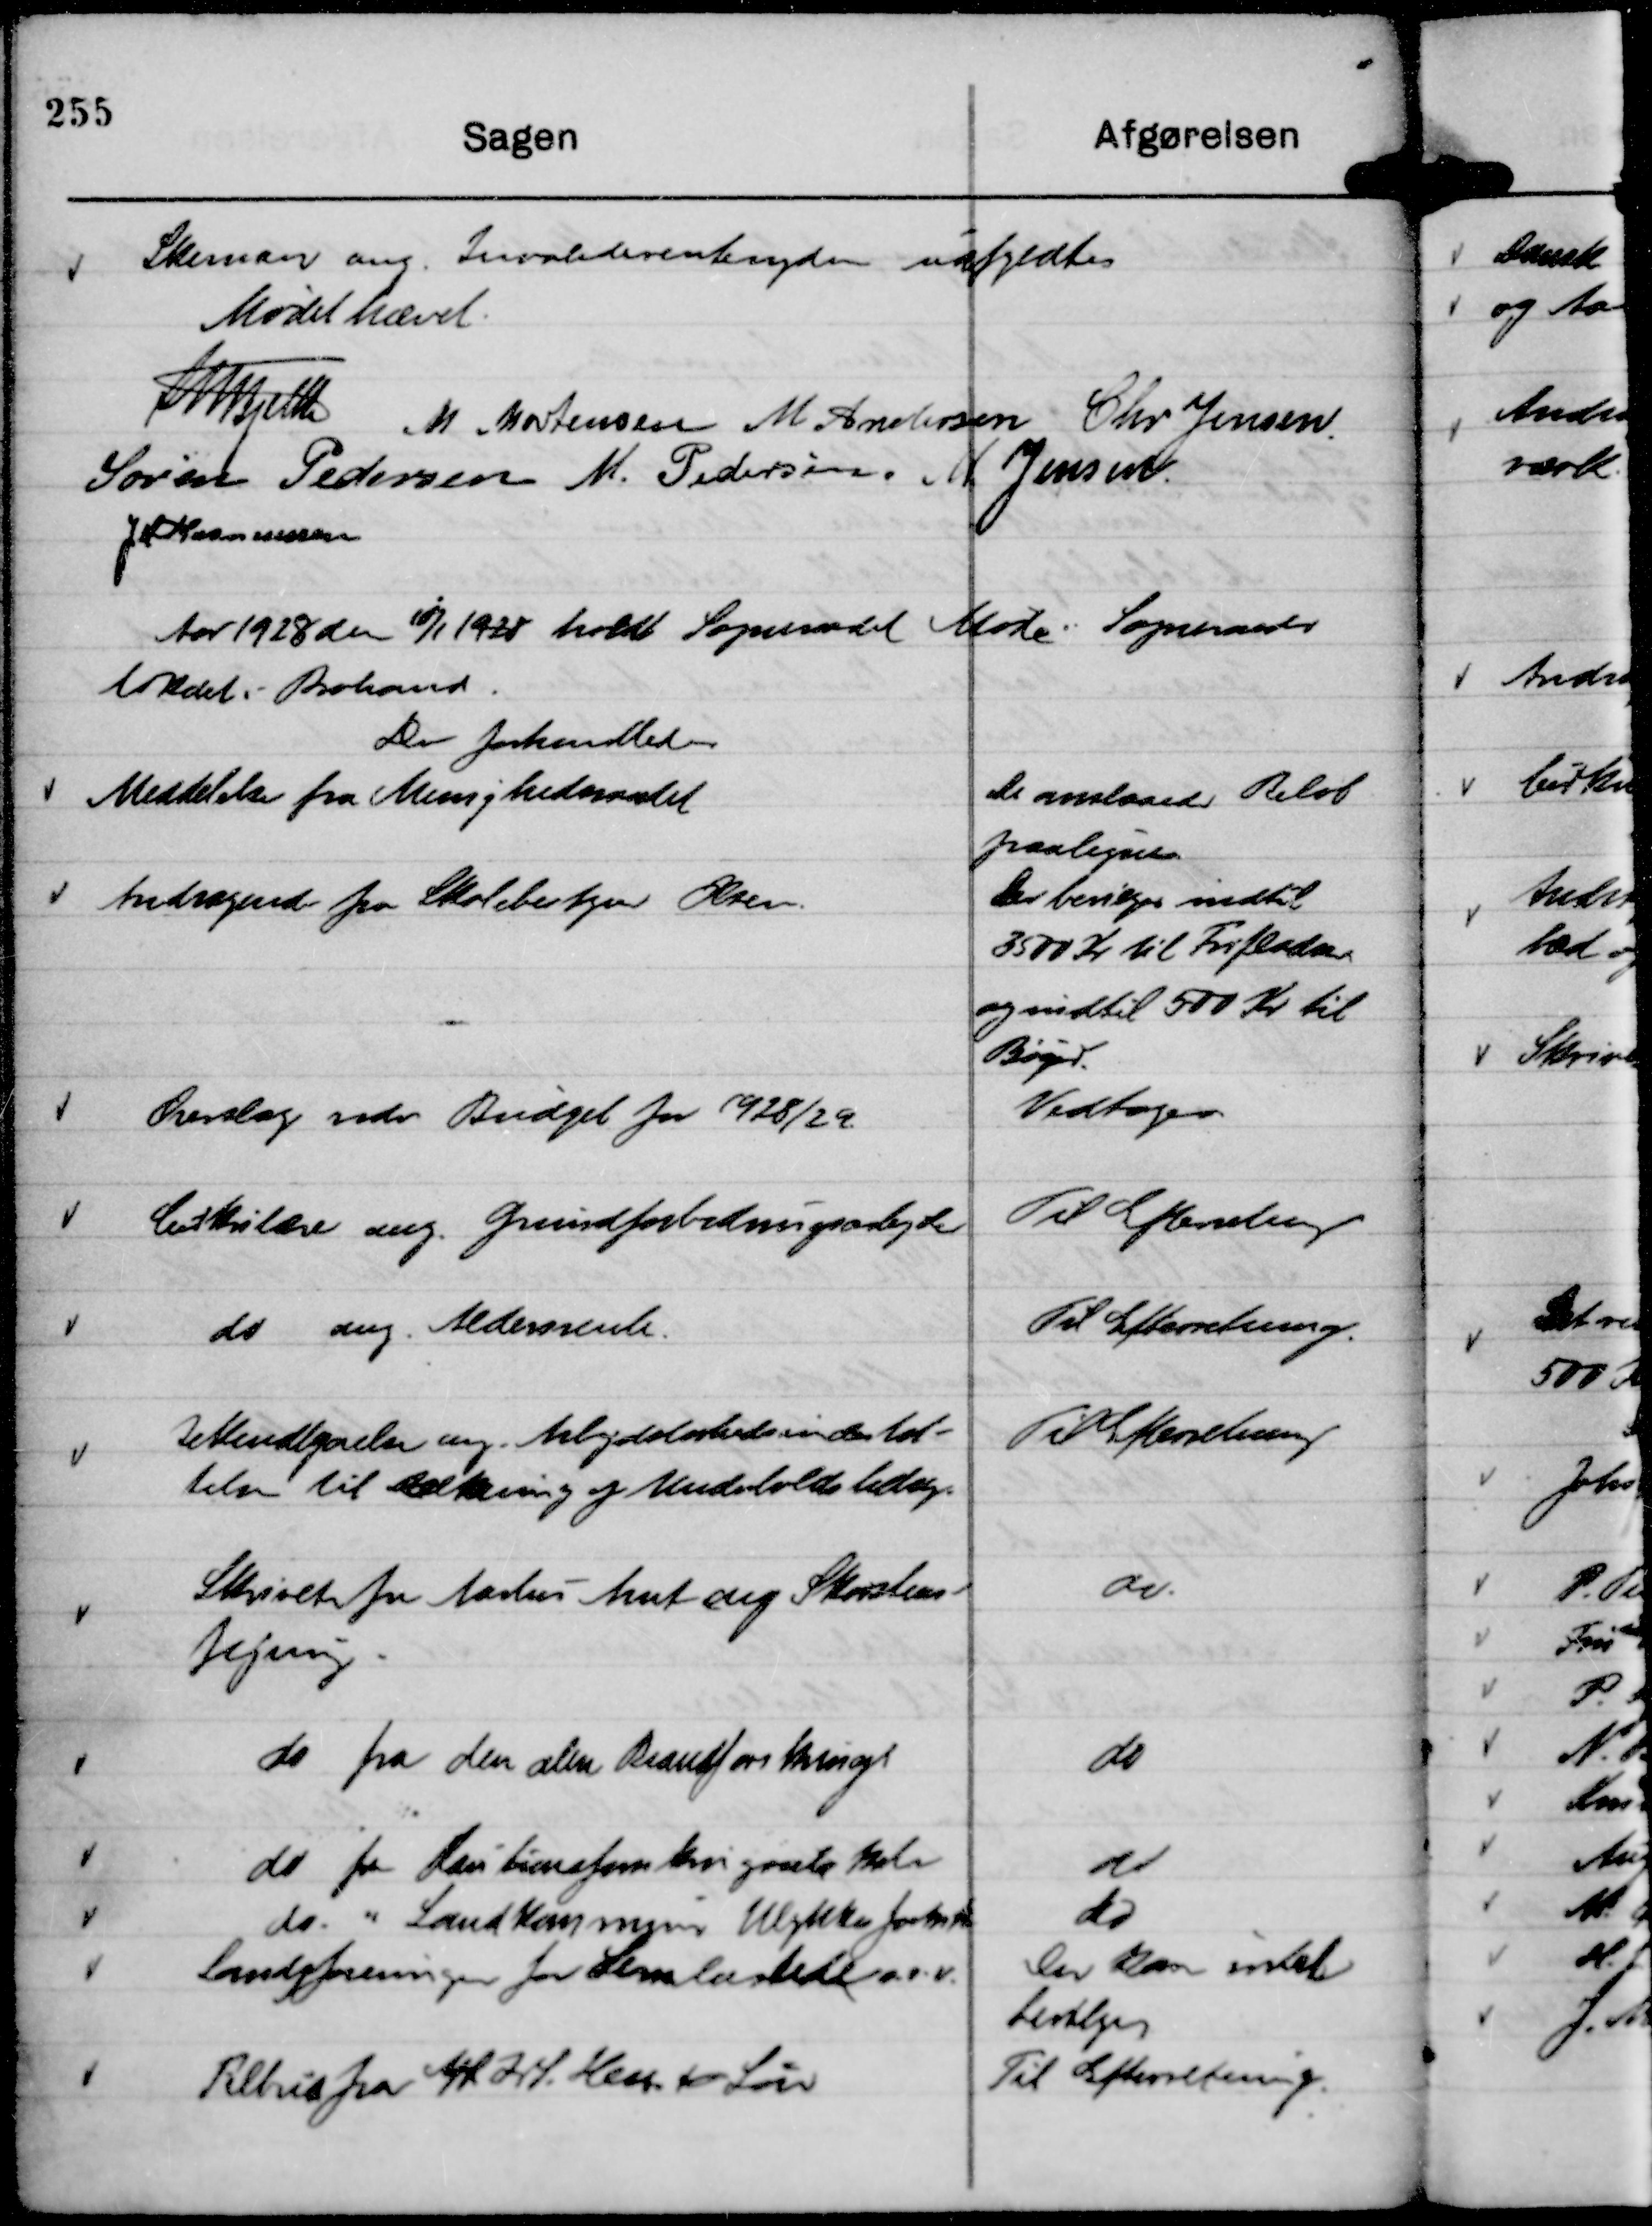
Transskription:
Skemaer ang. Invaliderentenydere

udfyldtes

Mødet hævet.

Th Bjelke
M Mortensen
M Andersen
Chr Jensen
Søren Pedersen
M. Pedersen
M Jensen.
JM Rasmussen

Aar 1928 den 10/1 holdt Sogneraadet Møde i Sogneraads
lokalet i Brabrand.
Der forhandledes

Meddelelse fra Menighedsraadet

De anslaaede Beløb
paalignes.

Andragende fra Skolebestyrer Olsen.

Der bevilges indtil
3500 Kr til Frifladser
og indtil 500 Kr til
Bøger.

Overslag vedr. Budget for 1928/29.

Vedtoges.

Cirkulære ang. Grundforbedringsarbejder

Til Efterretning

do ang. Aldersrente.

Til Efterretning.

Bekendtgørelse ang. Arbejdsløshedsunderstøt-
telse til Dækning af Underholdsbidrag.

Til Efterretning

Skrivelse fra Aarhus Amt ang Skorstens-
fejning.

do.

do fra den alm Brandforskings

do

do fra Kautionsforsikringen Koln

do

do. " Landkommun Ulykkesforsik

do

Landsforeningen for Lemlæstede o.s.v.

Der kan intet
bevilges

Tilbud fra A/S J. S. Hess & Søn

Til Efterretning.